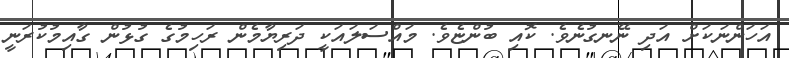
އަހަންނަކަށް އަދި ނޭނގުނެވެ. ކޮއި ބުންޏެވެ. މައްސަލައަކީ ދަރިޔާމެން ރަހިމުގެ ގުޅުން ގާއިމުކުރަނީ